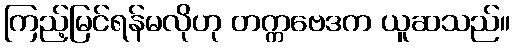
ကြည့်မြင်ရန်မလိုဟု တက္ကဗေဒက ယူဆသည်။